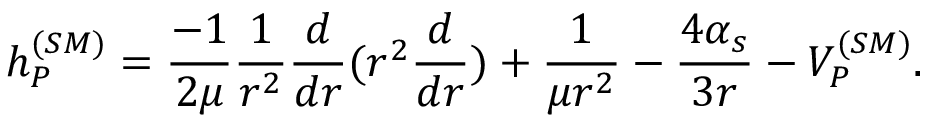
h _ { P } ^ { ( S M ) } = { \frac { - 1 } { 2 \mu } } { \frac { 1 } { r ^ { 2 } } } { \frac { d } { d r } } ( r ^ { 2 } { \frac { d } { d r } } ) + { \frac { 1 } { \mu r ^ { 2 } } } - { \frac { 4 \alpha _ { s } } { 3 r } } - V _ { P } ^ { ( S M ) } .